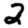
Digit: 2